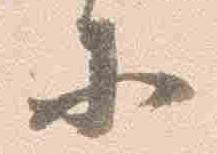
等